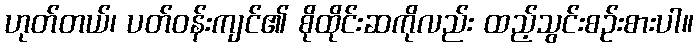
ဟုတ်တယ်၊ ပတ်ဝန်းကျင်၏ စိုထိုင်းဆကိုလည်း ထည့်သွင်းစဉ်းစားပါ။